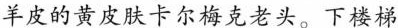
羊皮的黄皮肤卡尔梅克老头。下楼梯